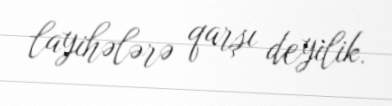
layihələrə qarşı deyilik.